system: You are a helpful assistant.
user:
Analyze the provided spectrum to determine if it is a **"Cataclysmic Variables (CV)"**.

- **Key Indicators for CV (Check for either state):**
    - **State 1: Quiescent / Low-State (Emission-Dominated)**
        - **(Primary):** Strong and *very broad* Hydrogen Balmer emission lines (e.g., $H\alpha$ at 6563 Å, $H\beta$ at 4861 Å). The 'broadness' (high velocity dispersion, often FWHM > 1000 km/s) is the key diagnostic, indicating a high-velocity accretion disk.
        - **(Secondary):** Broad neutral Helium (He I) emission lines (e.g., 5876 Å, 6678 Å).
        - **(Key Confirmation):** Presence of high-excitation *ionized* Helium (He II) emission at 4686 Å. This is a strong indicator of accretion onto a white dwarf.
        - **(Line Profile):** Emission lines may exhibit a 'double-peaked' profile, which is a classic signature of a rotating accretion disk viewed at high inclination.

    - **State 2: Outburst / High-State (Absorption-Dominated)**
        - **(Primary):** Spectrum is dominated by a bright, blue continuum (looks like a hot star).
        - **(Secondary):** The emission lines from State 1 are weak, absent, or 'filled in', and are replaced by broad, shallow *absorption* lines (primarily Balmer and He I).
        - **(Morphology):** The overall spectrum mimics a hot B/A-type star. The crucial difference is that the absorption lines are significantly broader, shallower, and more 'washed-out' (or 'smeared') than the sharp lines of a normal stellar photosphere, due to high rotational speeds and pressure broadening in the disk.

Think first, call **spectral_visualization_tool** if needed to examine features in detail, then provide your final answer. Your response must adhere to the following strict rules:
1.  **Overall Structure:** Your response must follow the format `<think>...</think> <tool_call>...</tool_call> (if a tool is used) <answer>...</answer>`.
2.  **Tool Usage Constraint:** You may only make **one** tool call per turn.
3.  **Final Answer Format:** In the `<answer>` tag, your conclusion must be inside a `\boxed{}` command (e.g., `\boxed{YES}`), followed by your justification.

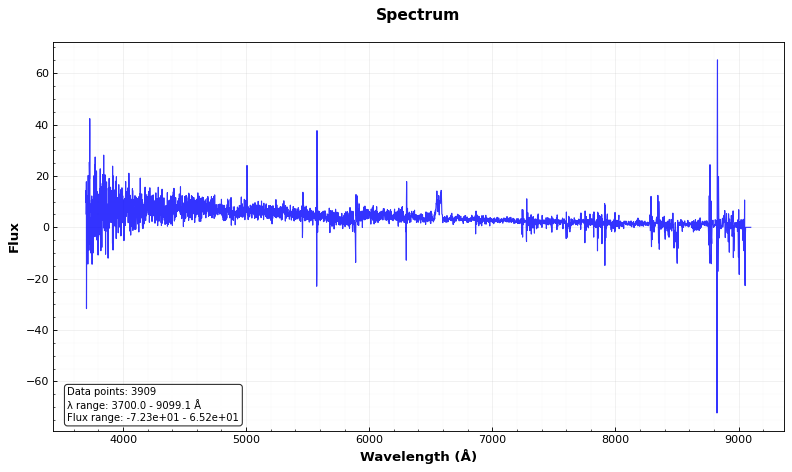
Answer: YES